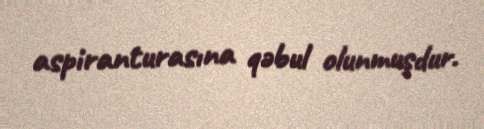
aspiranturasına qəbul olunmuşdur.